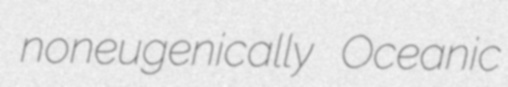
noneugenically Oceanic